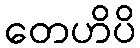
တေဟိပိ